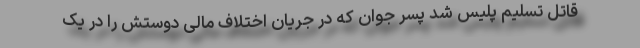
قاتل تسلیم پلیس شد پسر جوان که در جریان اختلاف مالی دوستش را در یک